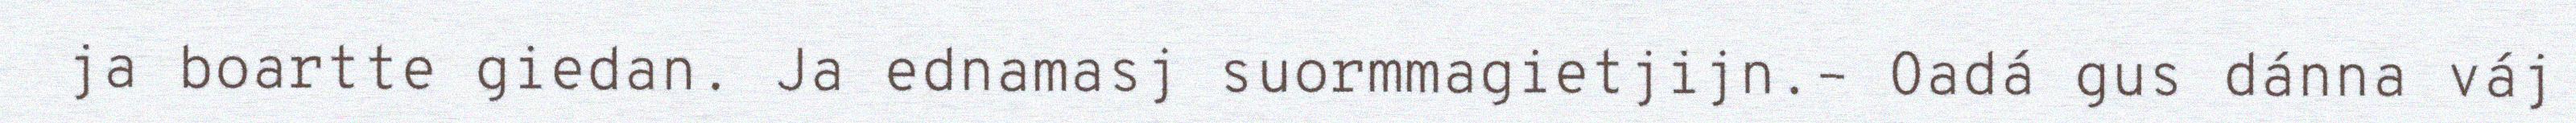
ja boartte giedan. Ja ednamasj suormmagietjijn.– Oadá gus dánna váj